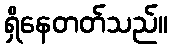
ရှိနေတတ်သည်။